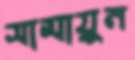
সামায়ুন